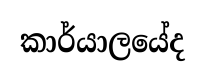
කාර්යාලයේද